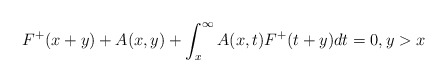
\begin{align*}F^{+}(x+y)+A(x,y)+\int_{x}^{\infty}A(x,t)F^{+}(t+y)dt=0,y>x \end{align*}